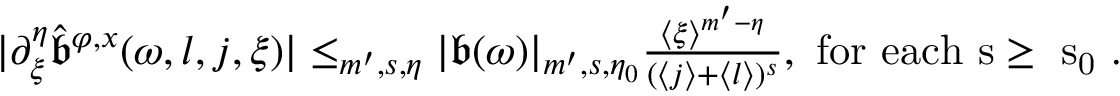
\begin{array} { r } { | \partial _ { \xi } ^ { \eta } \widehat { \mathfrak { b } } ^ { \varphi , x } ( \omega , l , j , \xi ) | \le _ { m ^ { \prime } , s , \eta } | \mathfrak { b } ( \omega ) | _ { m ^ { \prime } , s , \eta _ { 0 } } \frac { \langle \xi \rangle ^ { m ^ { \prime } - \eta } } { ( \langle j \rangle + \langle l \rangle ) ^ { s } } , \mathrm { ~ f o r ~ e a c h ~ s \ge ~ s _ 0 ~ } . } \end{array}